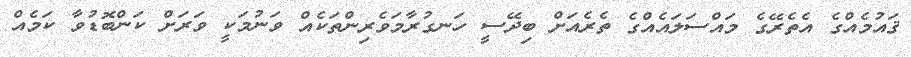
ޤައުމެއްގެ އެތެރޭގެ މައްސަލައެއްގެ ތެރެއަށް ބިދޭސީ ހަނގުރާމަވެރިންތަކެއް ވަނުމަކީ ވަރަށް ކަންބޮޑުވާ ކަމެއް